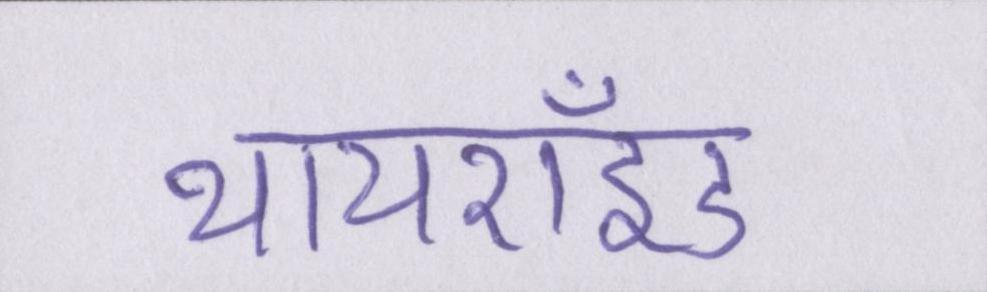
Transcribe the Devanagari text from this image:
थायरॉइड